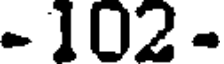
- 102 -